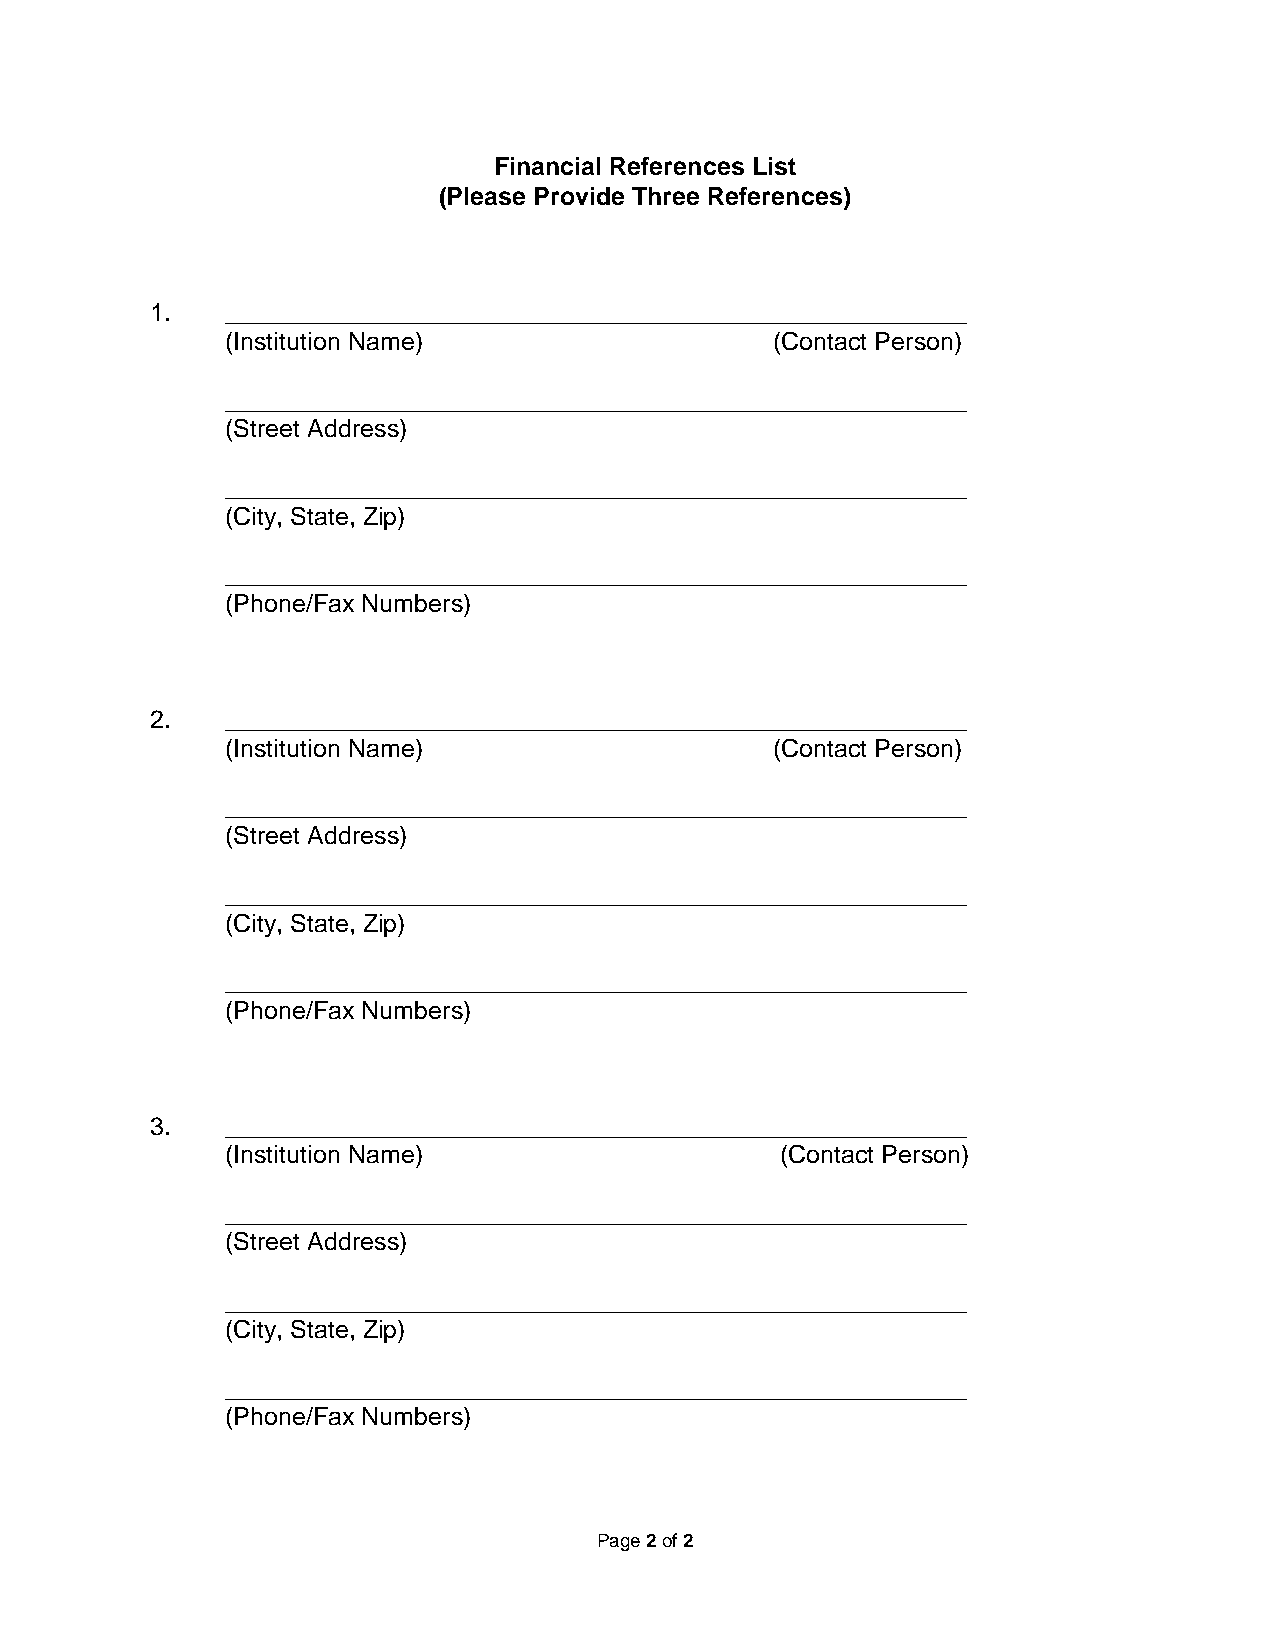
Financial References List
 (Please Provide Three References)
 1.   _____________________________________________________
 (Institution Name)                  (Contact Person)
 _____________________________________________________
 (Street Address)
 _____________________________________________________
 (City, State, Zip)
 _____________________________________________________
 (Phone/Fax Numbers)
 2.   _____________________________________________________
 (Institution Name)                  (Contact Person)
 _____________________________________________________
 (Street Address)
 _____________________________________________________
 (City, State, Zip)
 _____________________________________________________
 (Phone/Fax Numbers)
 3.   _____________________________________________________
 (Institution Name)                   (Contact Person)
 _____________________________________________________
 (Street Address)
 _____________________________________________________
 (City, State, Zip)
 _____________________________________________________
 (Phone/Fax Numbers)
 Page 2 of 2